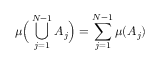
\mu { \Big ( } \bigcup _ { j = 1 } ^ { N - 1 } A _ { j } { \Big ) } = \sum _ { j = 1 } ^ { N - 1 } \mu ( A _ { j } )